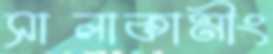
সালাকামীং